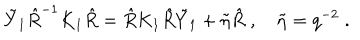
\tilde { Y } _ { 1 } \hat { R } ^ { - 1 } K _ { 1 } \hat { R } = \hat { R } K _ { 1 } \hat { R } \tilde { Y } _ { 1 } + \tilde { \eta } \hat { R } \; , \quad \tilde { \eta } = q ^ { - 2 } \; .